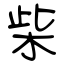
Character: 柴